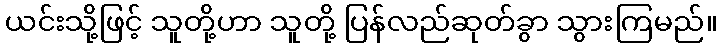
ယင်းသို့ဖြင့် သူတို့ဟာ သူတို့ ပြန်လည်ဆုတ်ခွာ သွားကြမည်။